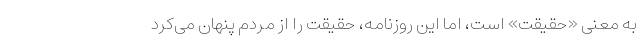
به معنی «حقیقت» است، اما این روزنامه، حقیقت را از مردم پنهان می‌كرد